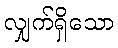
လျှက်ရှိသော